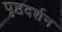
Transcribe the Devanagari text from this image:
पृष्ठदर्शन